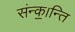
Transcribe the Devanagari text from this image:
संन्क॒।न्ति